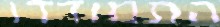
התמודדו